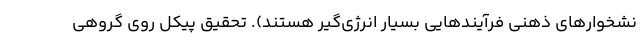
نشخوارهای ذهنی فرآیندهایی بسیار انرژی‌گیر هستند). تحقیق پیکل روی گروهی